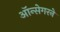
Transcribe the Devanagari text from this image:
ऑन्सेगरने